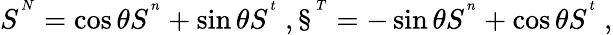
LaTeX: S^{^N}=\cos{\theta}S^{^n}+\sin{\theta}S^{^t}\ ,\S^{^T}=-\sin{\theta}S^{^n}+\cos{\theta}S^{^t}\ ,